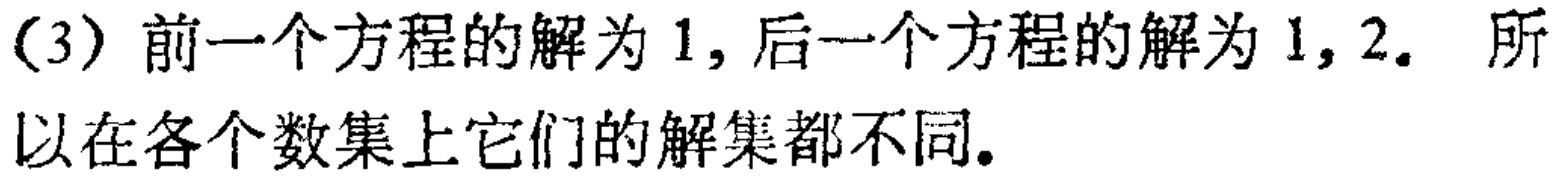
(3) 前一个方程的解为 1, 后一个方程的解为 1, 2. 所以在各个数集上它们的解集都不同.